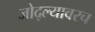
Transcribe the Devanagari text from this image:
जोद्ल्यावरच